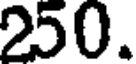
250.